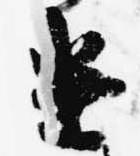
遣